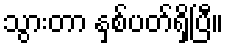
သွားတာ နှစ်ပတ်ရှိပြီ။